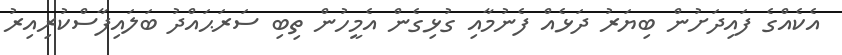
އެކެއްގެ ފައިދަށުން ބިޔަރު ދަޅެއް ފެނުމާއި ގުޅިގެން އެމީހުން ތިބި ސަރަޙައްދު ބަލައިފާސްކުރިއިރު